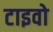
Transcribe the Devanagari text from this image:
टाइवो